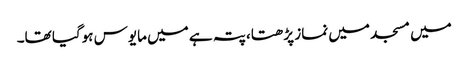
میں مسجد میں نماز پڑھتا، پتہ ہے میں مایوس ہوگیا تھا۔